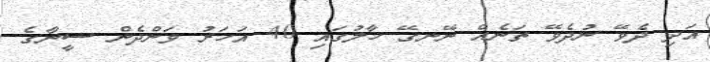
އަދި ދެވޭ ނުދެވޭ ތަނެއް ނޭނގޭ ހާލުގައި 40 އަހަރު ވަންދެން ސީނާގެ